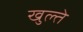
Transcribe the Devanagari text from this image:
खुल्ते